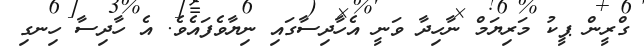
ގްރީން ޕީކު މަރިޔަމް ނާހިދާ ވަނީ އެހާދިސާގައި ނިޔާވެފައެވެ. އެ ހާދިސާ ހިނގި